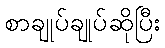
စာချုပ်ချုပ်ဆိုပြီး